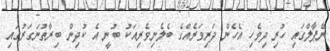
ނޭޕާލްގައި ހުރި ދިވެހި އެހެން ދަރިވަރެއްގެ ބެލެނިވެރިއަކު ބުނީ އެ ކުދިން ބިރާތުނަގަރުގައި